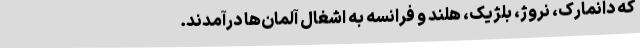
که دانمارک، نروژ، بلژیک، هلند و فرانسه به اشغال آلمان‌ها درآمدند.